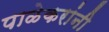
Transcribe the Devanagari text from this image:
पाळेकरांनी